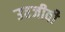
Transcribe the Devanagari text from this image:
उत्तजीवी